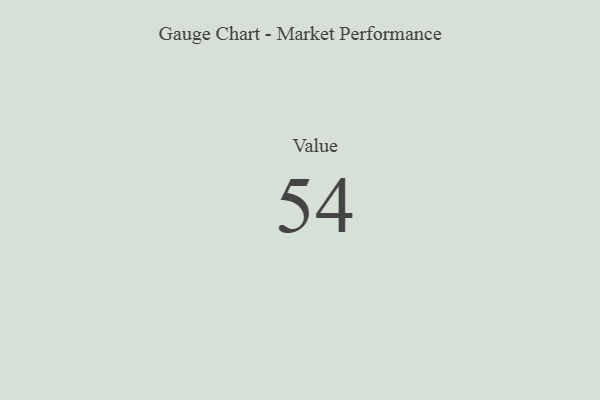
{"axis": {"x": "Metric", "y": "Value"}, "legend": [""], "data": [{"x": "Value", "y": 54, "type": ""}]}